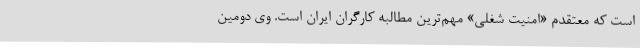
است که معتقدم «امنیت شغلی» مهم‌ترین مطالبه کارگران ایران است. وی دومین